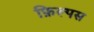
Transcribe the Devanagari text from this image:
फ़िल्पस